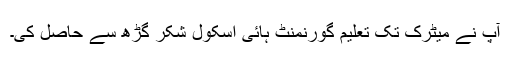
آپ نے میٹرک تک تعلیم گورنمنٹ ہائی اسکول شکر گڑھ سے حاصل کی۔